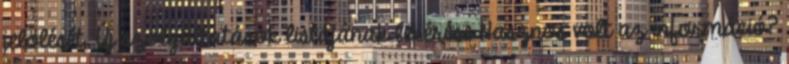
jelölését. Új szolgáltatások listájának lekérése Hasznos volt az információ?